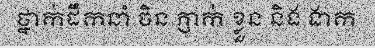
ថ្នាក់ដឹកនាំ ចិន ភ្ញាក់ ខ្លួន និង ងាក